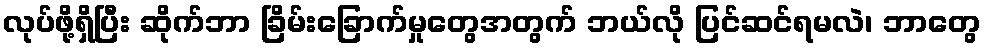
လုပ်ဖို့ရှိပြီး ဆိုက်ဘာ ခြိမ်းခြောက်မှုတွေအတွက် ဘယ်လို ပြင်ဆင်ရမလဲ၊ ဘာတွေ